Vaccination United Provinces of Agra and Oudh 1923-1928 - 1923-1928
Year: 1923
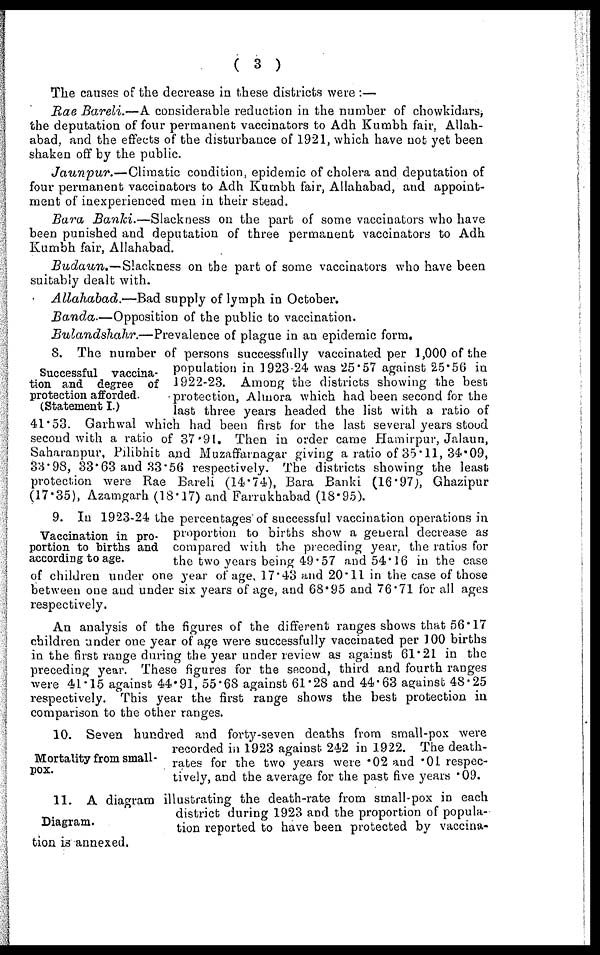
( 3 )
The causes of the decrease in these districts were :—
Rae Bareli.—A considerable reduction in the number of chowkidars,
the deputation of four permanent vaccinators to Adh Kumbh fair, Allah-
abad, and the effects of the disturbance of 1921, which have not yet been
shaken off by the public.
Jaunpur.—Climatic
condition, epidemic of cholera and deputation of
four permanent vaccinators to Adh Kumbh fair, Allahabad, aud appoint-
ment of inexperienced men in their stead.
Bara Banki.—Slackness
on the part of some vaccinators who have
been punished and deputation of three permanent vaccinators to Adh
Kumbh fair, Allahabad.
Budaun.—Slackness
on the part of some vaccinators who have been
suitably dealt with.
Allahabad.—Bad supply of lymph in October.
Banda.—Opposition of the public to vaccination.
Bulandshahr.—Prevalence
of plague in an epidemic form.
Successful vaccina-
tion and degree of
protection afforded.
(Statement I.)
8. The number of persons successfully vaccinated per 1,000 of the
population in 1923-24 was 25.57 against 25.56 in
1922-23. Among the districts showing the best
protection, Almora which had been second for the
last three years headed the list with a ratio of
41.53. Garhwal which had been first for the last several years stood
second with a ratio of 37.91. Then in order came Hamirpur, Jalaun,
Saharanpur, Pilibhit and Muzaffarnagar giving a ratio of 35.11, 34.09,
33.98, 33.63 and 33.56 respectively. The districts showing the least
protection were Rae Bareli (14.74), Bara Banki (16.97), Ghazipur
(17.35), Azamgarh (18.17) and Farrukhabad (18.95).
Vaccination in pro-
portion to births and
according to age.
9. In 1923-24 the percentages of successful vaccination operations in
proportion to births show a general decrease as
compared with the preceding year, the ratios for
the two years being 49.57 and 54.16 in the case
of children under one year of age, 17.43 and 20.11 in the case of those
between one and under six years of age, and 68.95 and 76.71 for all ages
respectively.
An analysis of the figures of the different ranges shows that 56.17
children under one year of age were successfully vaccinated per 100 births
in the first range during the year under review as against 61.21 in the
preceding year. These figures for the second, third and fourth ranges
were 41.15 against 44.91, 55.68 against 61.28 and 44.63 against 48.25
respectively. This year the first range shows the best protection in
comparison to the other ranges.
Mortality from small-
pox.
10. Seven hundred and forty-seven deaths from small-pox were
recorded in 1923 against 242 in 1922. The death-
rates for the two years were .02 and .01 respec-
tively, and the average for the past five years .09.
Diagram.
11. A diagram illustrating the death-rate from small-pox in each
district during 1923 and the proportion of popula-
tion reported to have been protected by vaccina-
tion is annexed.